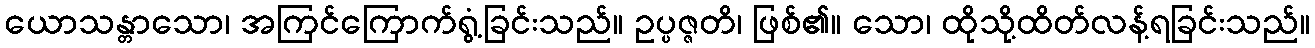
ယောသန္တာသော၊ အကြင်ကြောက်ရွံ့ခြင်းသည်။ ဥပ္ပဇ္ဇတိ၊ ဖြစ်၏။ သော၊ ထိုသို့ထိတ်လန့်ရခြင်းသည်။